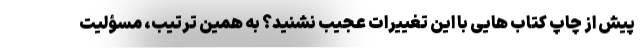
پیش از چاپ کتاب هایی با این تغییرات عجیب نشنید؟ به همین ترتیب، مسؤلیت